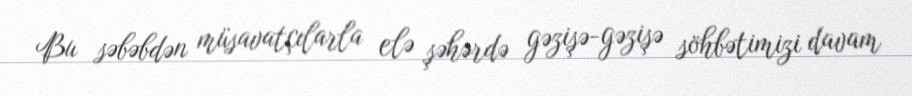
Bu səbəbdən müsavatçılarla elə şəhərdə gəzişə-gəzişə söhbətimizi davam